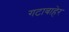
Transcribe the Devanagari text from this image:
गटाबाहेर